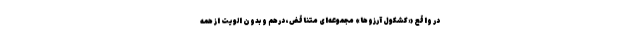
در واقع «کشکول آرزوها» مجموعه‌ای متناقض، درهم و بدون الویت از همه